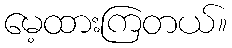
မေ့ထားကြတယ်။